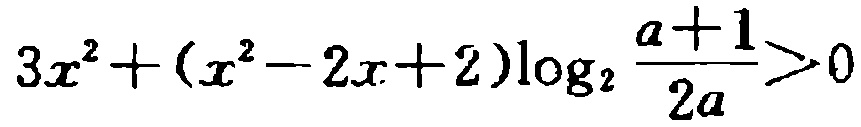
\(3x^{2}+(x^{2}-2x + 2)\log_{2}\frac{a + 1}{2a}>0\)